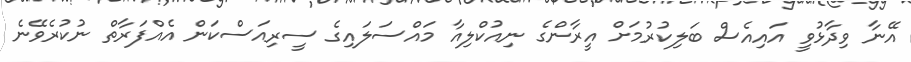
އޭނާ ވިދާޅުވީ އައިއެސް ބަލިކުރުމަށް އީރާންގެ ނިއުކްލިއާ މައްސަލައިގެ ސީރިއަސްކަން އެއްފަރާތް ނުކުރެވޭނެ